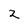
Character: 2